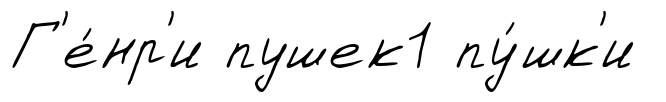
Г'е́нр'и пушек1 пу́шк'и